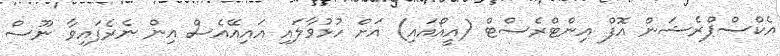
އެކްސްޕްރެޝަން އޮފް އިންޓްރެސްޓް (އީއޯއައި) އަށް ހުޅުވާލައި އައިއޭއެސް އިން ނެރެފައިވާ ނޫސް